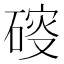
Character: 𥔑